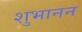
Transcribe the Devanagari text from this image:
शुभानन